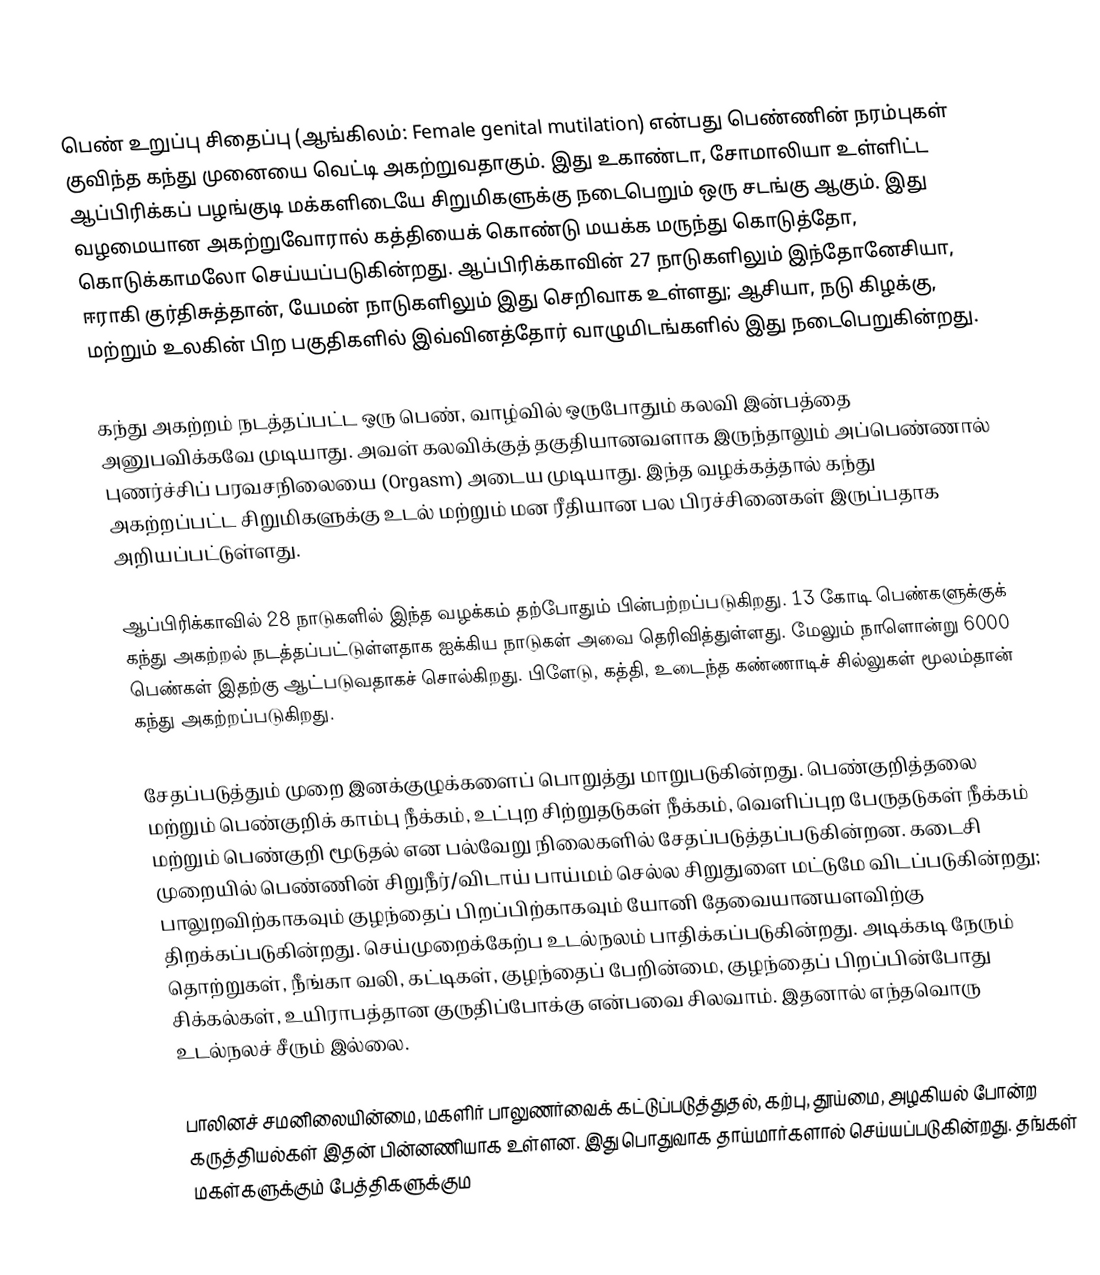
பெண் உறுப்பு சிதைப்பு (ஆங்கிலம்: Female genital mutilation) என்பது பெண்ணின் நரம்புகள் குவிந்த கந்து முனையை வெட்டி அகற்றுவதாகும். இது உகாண்டா, சோமாலியா உள்ளிட்ட ஆப்பிரிக்கப் பழங்குடி மக்களிடையே சிறுமிகளுக்கு நடைபெறும் ஒரு சடங்கு ஆகும். இது வழமையான அகற்றுவோரால் கத்தியைக் கொண்டு மயக்க மருந்து கொடுத்தோ, கொடுக்காமலோ செய்யப்படுகின்றது. ஆப்பிரிக்காவின் 27 நாடுகளிலும் இந்தோனேசியா, ஈராகி குர்திசுத்தான், யேமன் நாடுகளிலும் இது செறிவாக உள்ளது; ஆசியா, நடு கிழக்கு, மற்றும் உலகின் பிற பகுதிகளில் இவ்வினத்தோர் வாழுமிடங்களில்  இது நடைபெறுகின்றது.

கந்து அகற்றம் நடத்தப்பட்ட ஒரு பெண், வாழ்வில் ஒருபோதும் கலவி இன்பத்தை அனுபவிக்கவே முடியாது. அவள் கலவிக்குத் தகுதியானவளாக இருந்தாலும் அப்பெண்ணால் புணர்ச்சிப் பரவசநிலையை (Orgasm) அடைய முடியாது. இந்த வழக்கத்தால் கந்து அகற்றப்பட்ட சிறுமிகளுக்கு உடல் மற்றும் மன ரீதியான பல பிரச்சினைகள் இருப்பதாக அறியப்பட்டுள்ளது.

ஆப்பிரிக்காவில் 28 நாடுகளில் இந்த வழக்கம் தற்போதும் பின்பற்றப்படுகிறது. 13 கோடி பெண்களுக்குக் கந்து அகற்றல் நடத்தப்பட்டுள்ளதாக ஐக்கிய நாடுகள் அவை தெரிவித்துள்ளது. மேலும் நாளொன்று 6000 பெண்கள் இதற்கு ஆட்படுவதாகச் சொல்கிறது. பிளேடு, கத்தி, உடைந்த கண்ணாடிச் சில்லுகள் மூலம்தான் கந்து அகற்றப்படுகிறது.

சேதப்படுத்தும் முறை இனக்குழுக்களைப் பொறுத்து மாறுபடுகின்றது.  பெண்குறித்தலை மற்றும்  பெண்குறிக் காம்பு நீக்கம், உட்புற சிற்றுதடுகள் நீக்கம், வெளிப்புற பேருதடுகள் நீக்கம் மற்றும்  பெண்குறி மூடுதல் என பல்வேறு நிலைகளில் சேதப்படுத்தப்படுகின்றன. கடைசி முறையில் பெண்ணின் சிறுநீர்/விடாய் பாய்மம் செல்ல சிறுதுளை மட்டுமே  விடப்படுகின்றது; பாலுறவிற்காகவும் குழந்தைப் பிறப்பிற்காகவும் யோனி தேவையானயளவிற்கு திறக்கப்படுகின்றது. செய்முறைக்கேற்ப உடல்நலம் பாதிக்கப்படுகின்றது. அடிக்கடி நேரும் தொற்றுகள், நீங்கா வலி, கட்டிகள், குழந்தைப் பேறின்மை, குழந்தைப் பிறப்பின்போது சிக்கல்கள், உயிராபத்தான குருதிப்போக்கு என்பவை சிலவாம். இதனால் எந்தவொரு உடல்நலச் சீரும் இல்லை.

பாலினச் சமனிலையின்மை, மகளிர் பாலுணர்வைக் கட்டுப்படுத்துதல், கற்பு, தூய்மை, அழகியல் போன்ற கருத்தியல்கள் இதன் பின்னணியாக உள்ளன. இது பொதுவாக தாய்மார்களால் செய்யப்படுகின்றது.  தங்கள் மகள்களுக்கும் பேத்திகளுக்கும